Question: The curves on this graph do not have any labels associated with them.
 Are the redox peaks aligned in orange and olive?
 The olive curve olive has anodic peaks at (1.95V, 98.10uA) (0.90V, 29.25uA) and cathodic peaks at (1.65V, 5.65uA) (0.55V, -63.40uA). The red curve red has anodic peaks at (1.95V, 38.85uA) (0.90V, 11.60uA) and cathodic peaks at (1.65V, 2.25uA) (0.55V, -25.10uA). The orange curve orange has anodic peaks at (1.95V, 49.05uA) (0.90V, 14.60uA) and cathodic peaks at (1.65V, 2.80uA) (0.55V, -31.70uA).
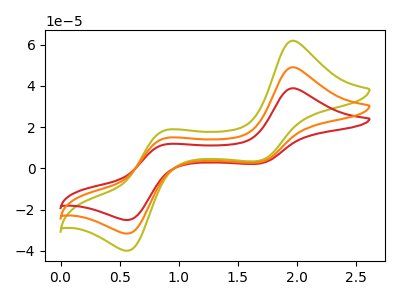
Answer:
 <answer>Yes, "orange" have a peak in "olive" at the same potential.</answer>
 <eval>match</eval>